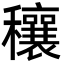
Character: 穰